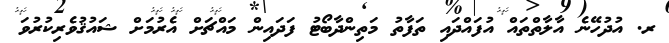
ރ. އުދުހޭނެ އާލާތްތައް އުފައްދައި ތަފާތު މަތިންދާބޯޓު ފަދައިން މައްޗަށް އެރުމަށް ޝައުޤުވެރިކުރުވަ